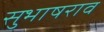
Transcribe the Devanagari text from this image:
सुभाषराव